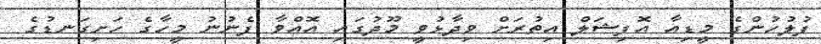
ފުލުހުންގެ މީޑިއާ އޮފިޝަލް އިތުރަށް ވިދާޅުވީ މޫދުގައި އޮއްވާ ފެނުނު މީހާގެ ހަށިގަނޑުގެ